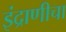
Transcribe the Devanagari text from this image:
इंद्राणीचा